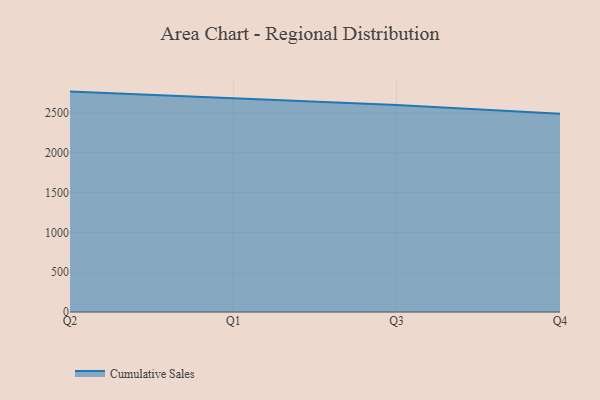
{"axis": {"x": "Quarter", "y": "Bounce Rate (%)"}, "legend": ["Cumulative Sales"], "data": [{"x": "Q2", "y": 2767.6, "type": "Cumulative Sales"}, {"x": "Q1", "y": 2686.9, "type": "Cumulative Sales"}, {"x": "Q3", "y": 2600.3, "type": "Cumulative Sales"}, {"x": "Q4", "y": 2489.1, "type": "Cumulative Sales"}]}